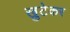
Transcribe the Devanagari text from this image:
खुटेकर